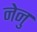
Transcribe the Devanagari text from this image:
नेनु